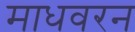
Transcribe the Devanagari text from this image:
माधवरन